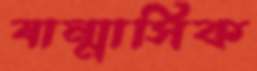
ষান্মাসিক